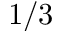
1 / 3